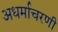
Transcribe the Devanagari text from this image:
अधर्माचरणी